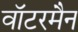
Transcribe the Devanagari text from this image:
वॉटरमैन